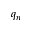
q _ { n }